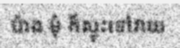
ប៉ាង មុំ ក៏ស្ទុះទៅវាយ